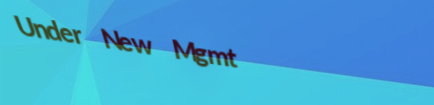
Under New Mgmt